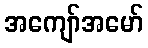
အကျော်အမော်